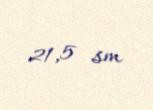
21,5 sm